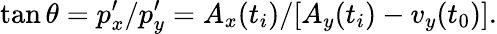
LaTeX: \tan\theta=p_{x}^{\prime}/p_{y}^{\prime}=A_{x}(t_{i})/[A_{y}(t_{i})-v_{y}(t_{0})].